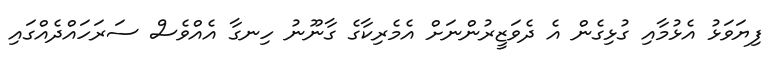
ފިޔަވަޅު އެޅުމާއި ގުޅިގެން އެ ދެވަޒީރުންނަށް އެމެރިކާގެ ގާނޫނު ހިނގާ އެއްވެސް ސަރަހައްދެއްގައި